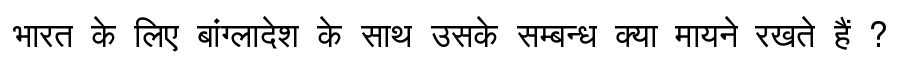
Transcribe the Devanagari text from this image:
भारत के लिए बांग्लादेश के साथ उसके सम्बन्ध क्या मायने रखते हैं ?